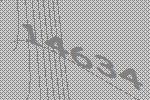
14634